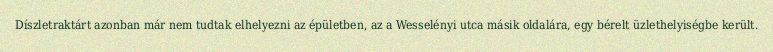
Díszletraktárt azonban már nem tudtak elhelyezni az épületben, az a Wesselényi utca másik oldalára, egy bérelt üzlethelyiségbe került.